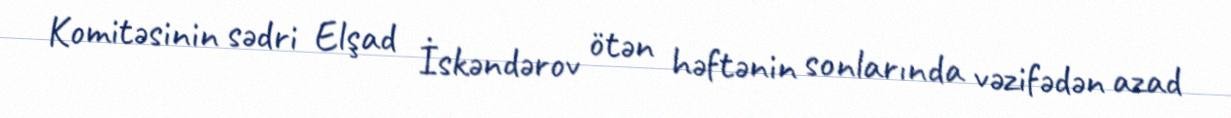
Komitəsinin sədri Elşad İskəndərov ötən həftənin sonlarında vəzifədən azad